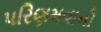
પરિણમવાનો